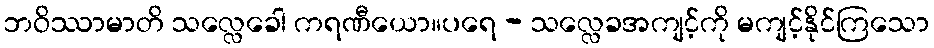
ဘဝိဿာမာတိ သလ္လေခေါ ကရဏီယော။ပရေ - သလ္လေခအကျင့်ကို မကျင့်နိုင်ကြသော